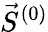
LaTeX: \vec{S}^{(0)}